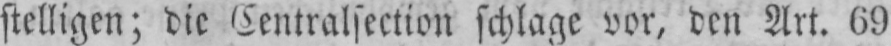
stelligen; die Centralsection schlage vor, den Art. 69